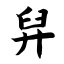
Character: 舁